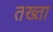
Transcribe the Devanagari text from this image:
तख्‍ता